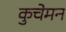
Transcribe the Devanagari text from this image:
कुचेमन